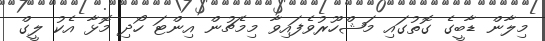
މިލާން ޑާބީގެ ގޮތުގައި މަޝްހޫރުވެފައިވާ މިމެޗުން އިންޓަ ހޯދި މޮޅާ އެކު ލީގް